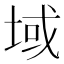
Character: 域